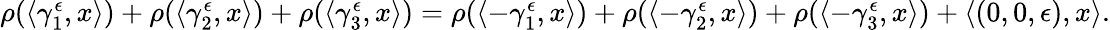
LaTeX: \begin{array}{r}{\rho(\langle\gamma_{1}^{\epsilon},x\rangle)+\rho(\langle\gamma_{2}^{\epsilon},x\rangle)+\rho(\langle\gamma_{3}^{\epsilon},x\rangle)=\rho(\langle-\gamma_{1}^{\epsilon},x\rangle)+\rho(\langle-\gamma_{2}^{\epsilon},x\rangle)+\rho(\langle-\gamma_{3}^{\epsilon},x\rangle)+\langle(0,0,\epsilon),x\rangle.}\end{array}